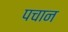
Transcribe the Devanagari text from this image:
पचान